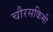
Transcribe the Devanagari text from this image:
चौरसकिमी